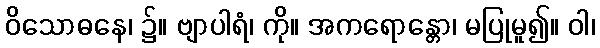
ဝိသောဓနေ၊ ၌။ ဗျာပါရံ၊ ကို။ အကရောန္တော၊ မပြုမူ၍။ ဝါ၊